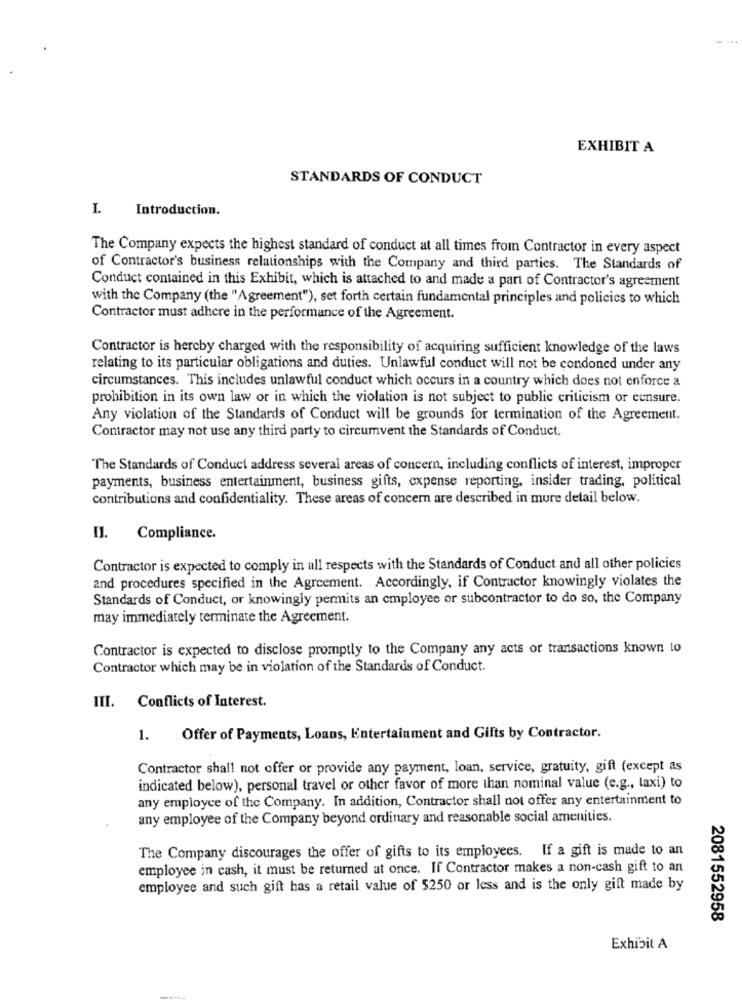
EXHIBIT A
STANDARDS OF CONDUCT
I.
Introduction.
The Company expects the highest standard of conduct at all times from Contractor in every aspect
of Contractor's business relationships with the Company and third parties. The Standards of
Conduct contained in this Exhibit, which is attached to and made a part of Contractor's agreement
with the Company (the "Agreement"), set forth certain fundamental principles and policies to which
Contractor must adhere in the performance of the Agreement.
Contractor is hereby charged with the responsibility of acquiring sufficient knowledge of the laws
relating to its particular obligations and duties. Unlawful conduct will not be condoned under any
circumstances. This includes unlawful conduct which occurs in a country which does not enforce a
prohibition in its own law or in which the violation is not subject to public criticism or censure.
Any violation of the Standards of Conduct will be grounds for termination of the Agreement.
Contractor may not use any third party to circumvent the Standards of Conduct.
The Standards of Conduct address several areas of concern, including conflicts of interest, improper
payments, business entertainment, business gifts, expense reporting, insider trading, political
contributions and confidentiality. These areas of concern are described in mure detail below.
Compliance.
Contractor is expected to comply in all respects with the Standards of Conduct and all other policies
and procedures specified in the Agreement. Accordingly, if Contractor knowingly violates the
Standards of Conduct, or knowingly permits an employee or subcontractor to do so, the Company
may immediately terminate the Agreement.
Contractor is expected to disclose promptly to the Company any acts or transactions known to
Contractor which may be in violation of the Standards of Conduct.
Conflicts of Interest.
III.
1.
Offer of Payments, Loans, Entertainment and Gifts by Contractor.
Contractor shall not offer or provide any payment, loan, service, gratuity, gift (except as
indicated below), personal travel or other favor of more than nominal value (e.g ., taxi) to
any employee of the Company. In addition, Contractor shall not offer any entertainment to
any employee of the Company beyond ordinary and reasonable social amenities.
The Company discourages the offer of gifts to its employees. If a gift is made to an
employee in cash, it must be returned at once. If Contractor makes a non-cash gift to an
employee and such gift has a retail value of $250 or less and is the only gift made by
2081552958
Exhibit A